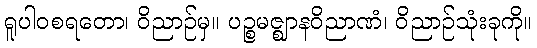
ရူပါဝစရတော၊ ဝိညာဉ်မှ။ ပဉ္စမဇ္ဈာနဝိညာဏံ၊ ဝိညာဉ်သုံးခုကို။